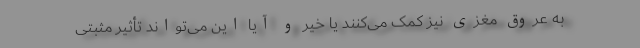
به عروق مغزی نیز کمک می‌کنند یا خیر و آیا این می‌تواند تأثیر مثبتی